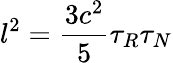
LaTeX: l^{2}=\frac{3c^{2}}{5}\tau_{R}\tau_{N}